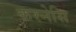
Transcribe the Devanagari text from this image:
करनेसि